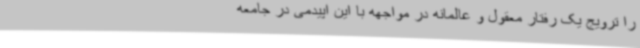
را ترویج یک رفتار معقول و عالمانه در مواجهه با این اپیدمی در جامعه